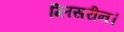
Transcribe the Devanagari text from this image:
ग्लिसरीन।